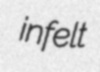
infelt